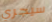
سيجري